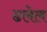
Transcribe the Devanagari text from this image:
ढलेल